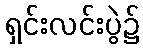
ရှင်းလင်းပွဲ၌